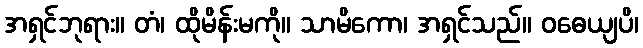
အရှင်ဘုရား။ တံ၊ ထိုမိန်းမကို။ သာမိကော၊ အရှင်သည်။ ဝဓေယျပိ၊